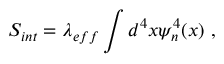
S _ { i n t } = \lambda _ { e f f } \int d ^ { 4 } x \psi _ { n } ^ { 4 } ( x ) ~ ,